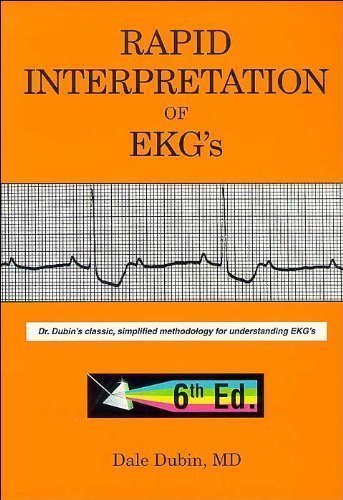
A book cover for By Dale Dubin: Rapid Interpretation of EKG's, Sixth Edition Sixth (6th) Edition; -Author-; Biographies & Memoirs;